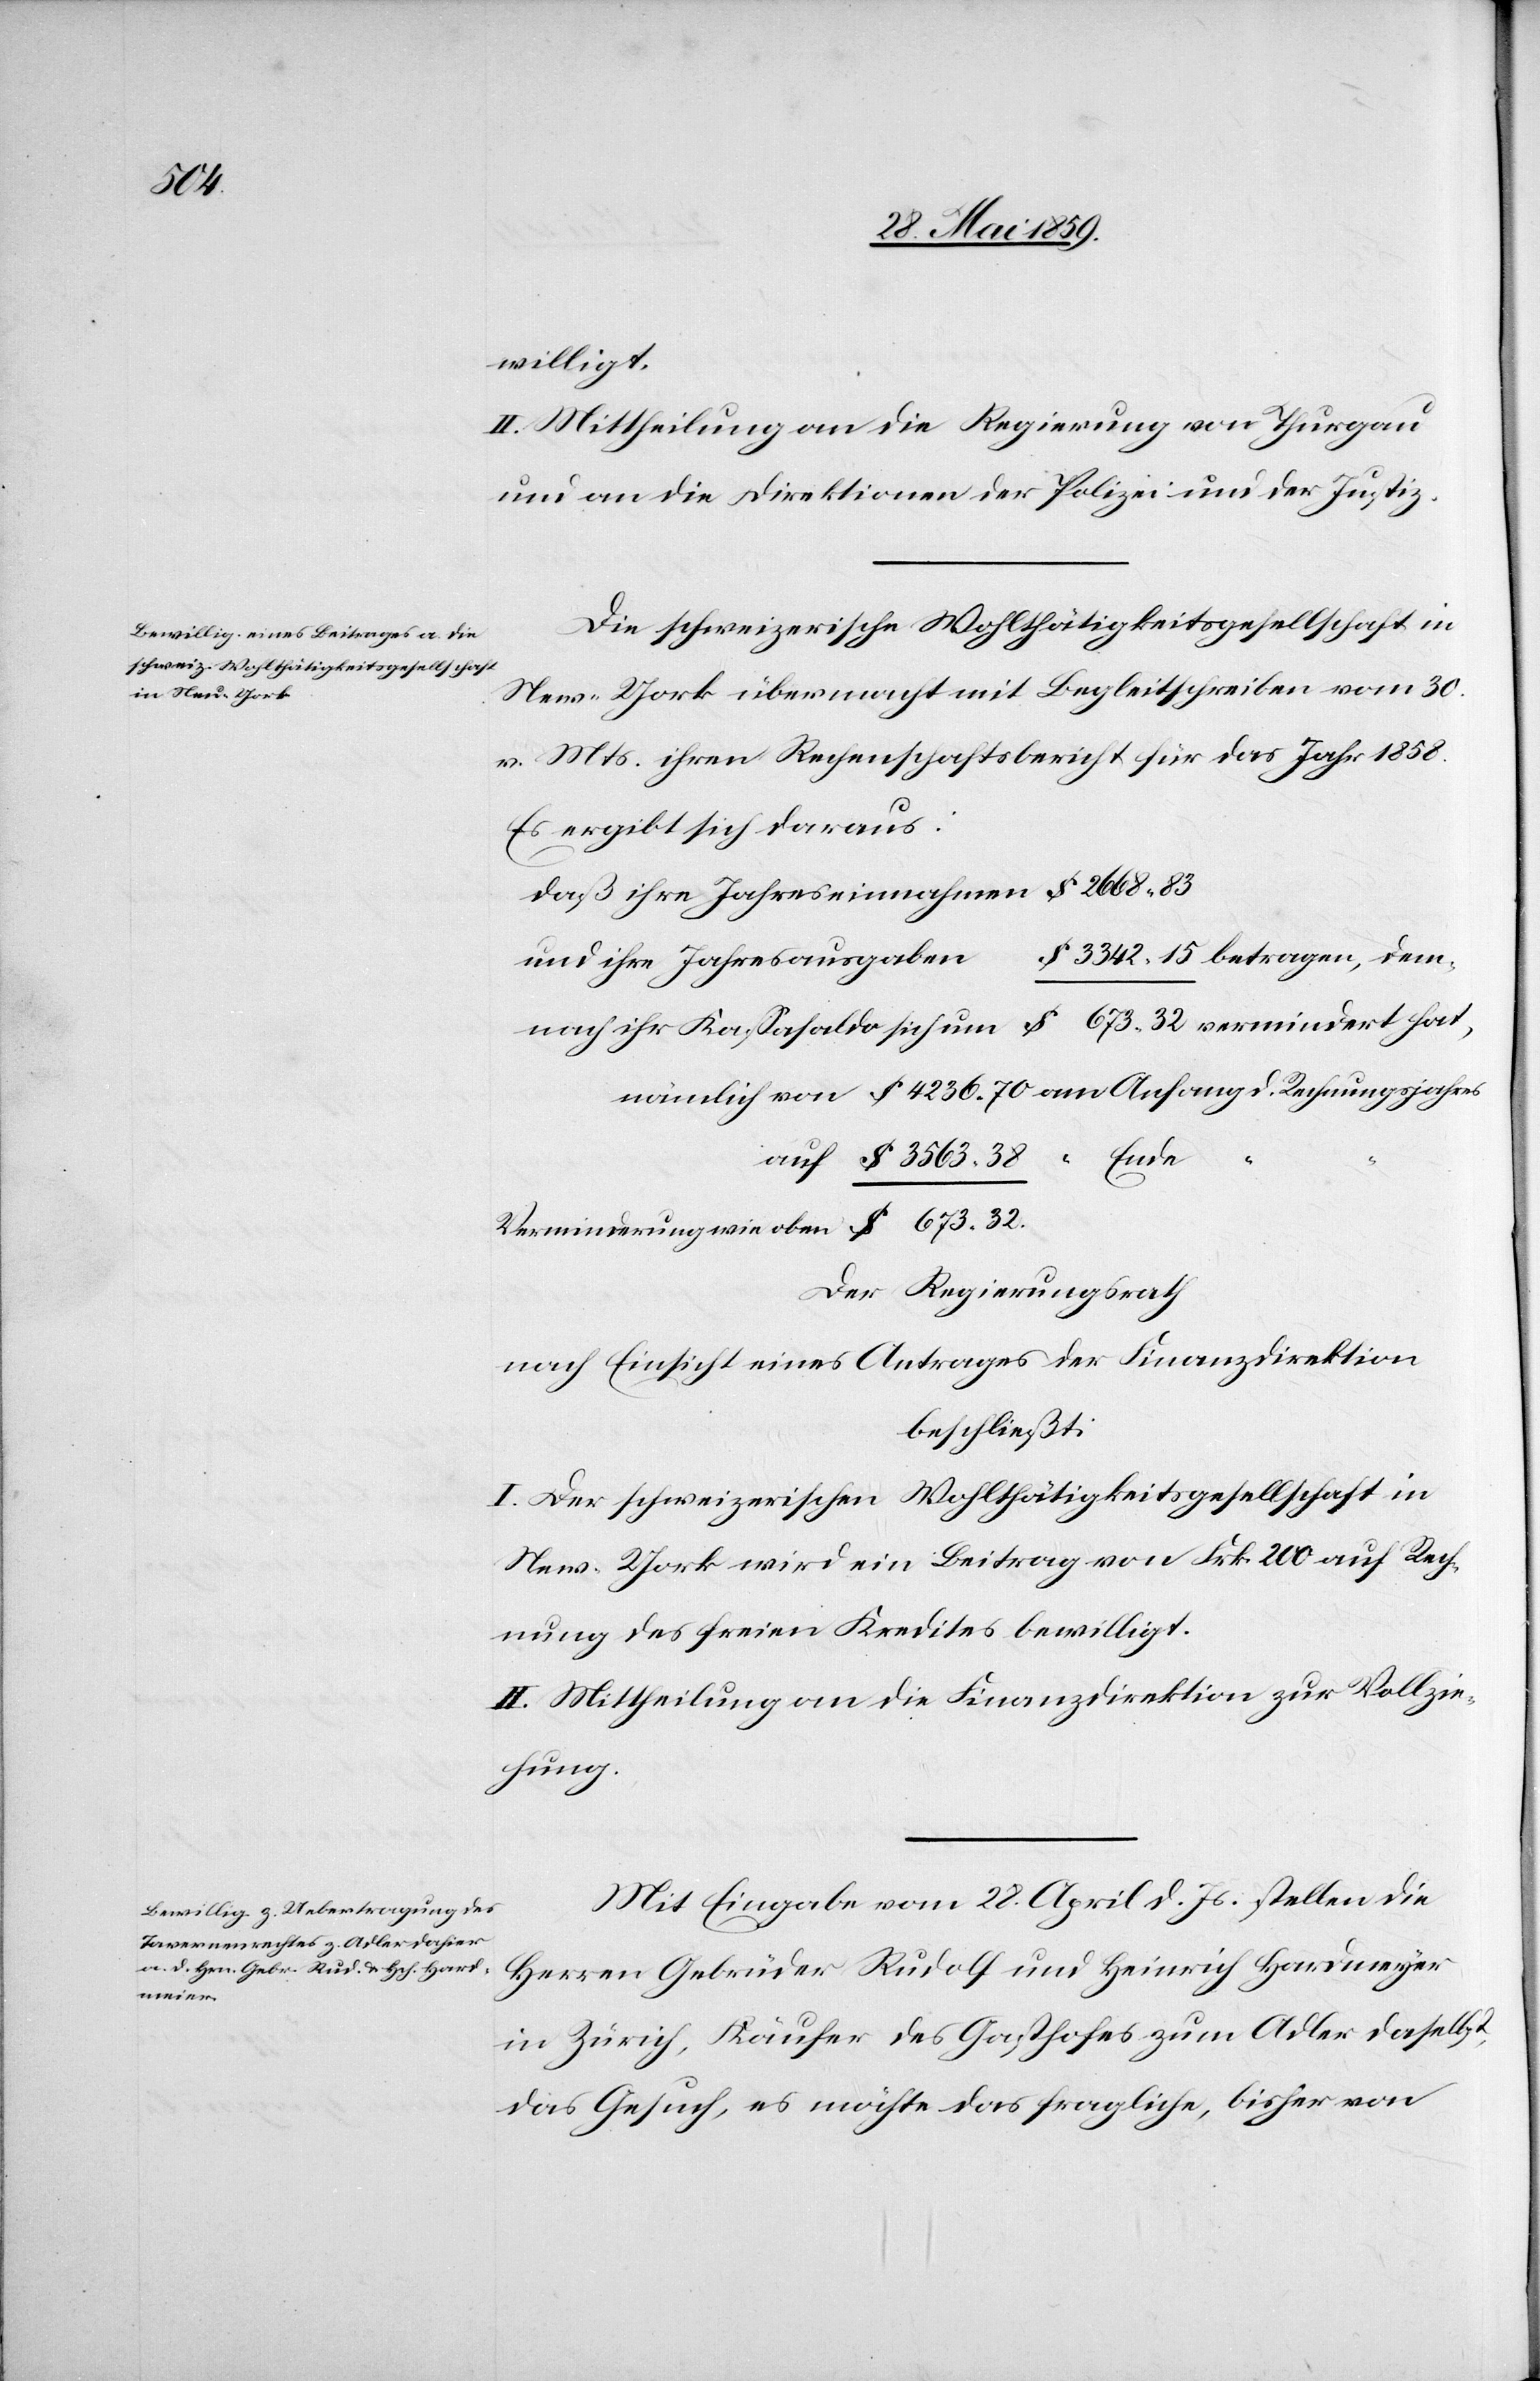
ach

willigt.
II. Mittheilung an die Regierung von Thurgau
und an die Direktionen der Polizei und der Justiz.
Die schweizerische Wohltätigkeitsgesellschaft in
New-York übermacht mit Begleitschreiben vom 30.
v. Mts. ihren Rechenschaftsbericht für das Jahr 1858.
Es ergibt sich daraus:
daß ihre Jahreseinnahme $ 2668.83
$ 3342.15 betragen, demn¬
und ihre Jahresausgaben
ihr Kassasaldo sich um $ 673.32 vermindert hat,
nämlich von $ 4236.70 am Anfang d. Rechnungsjahres
auf $ 3563.38 “ Ende
Verminderung wie oben $ 673.32
Der Regierungsrath
nach Einsicht eines Antrages der Finanzdirektion
beschließt:
I. Der schweizerischen Wohltätigkeitsgesellschaft in
New-York wird ein Beitrag von Frk 200 auf Rech¬
nung des freien Kredites bewilligt.
II. Mittheilung an die Finanzdirektion zur Vollzie¬
hung.
Mit Eingabe vom 28. April d. Js. stellen die
Herren Gebrüder Rudolf und Heinrich Hardmeyer
in Zürich, Käufer des Gasthofes zum Adler daselbst,
das Gesuch, es möchte das fragliche, bisher von